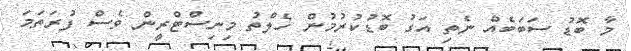
މާ ބޮޑު ސަބަބެއް ނެތި އަގު ބޮޑުކުރުމުން ހެލްތު މިނިސްޓްރީން ވެސް ފުރަތަމަ